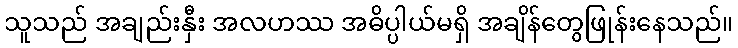
သူသည် အချည်းနှီး အလဟဿ အဓိပ္ပါယ်မရှိ အချိန်တွေဖြုန်းနေသည်။